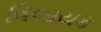
વિલાયક